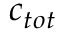
c _ { t o t }